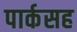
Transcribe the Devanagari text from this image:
पार्कसह